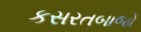
કસરતબાજો